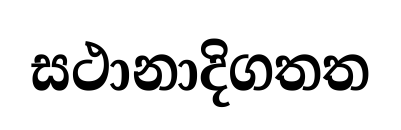
සථානාදිගතත